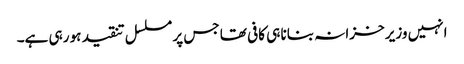
انہیں وزیر خزانہ بنانا ہی کافی تھا جس پر مسلسل تنقید ہو رہی ہے۔